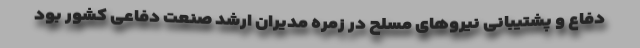
دفاع و پشتیبانی نیروهای مسلح در زمره مدیران ارشد صنعت دفاعی کشور بود